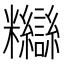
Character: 𥽸